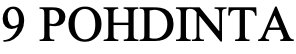
9 POHDINTA